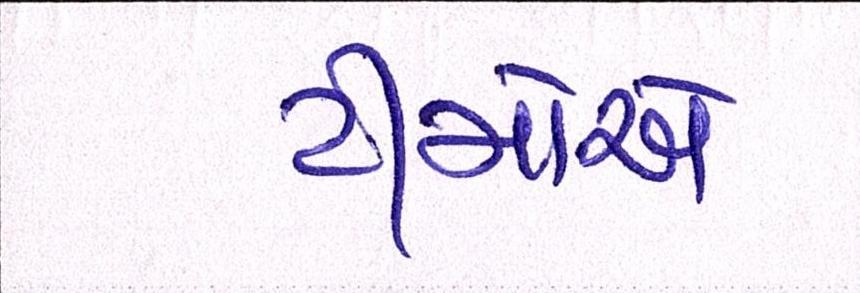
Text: ટીમોએ